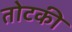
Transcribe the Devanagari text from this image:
तोटकी